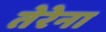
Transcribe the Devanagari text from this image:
तेरेना